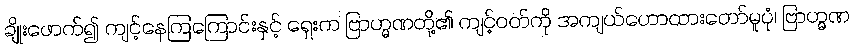
ချိုးဖောက်၍ ကျင့်နေကြကြောင်းနှင့် ရှေးက ဗြာဟ္မဏတို့၏ ကျင့်ဝတ်ကို အကျယ်ဟောထားတော်မူပုံ၊ ဗြာဟ္မဏ